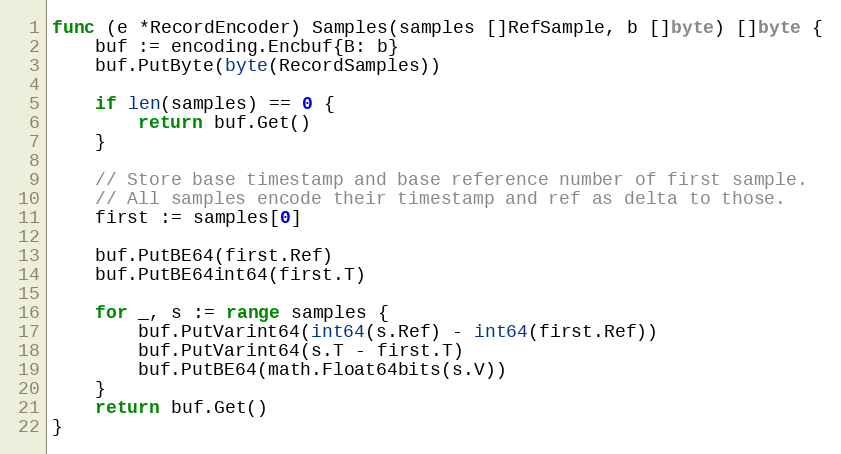
Language: Go
func (e *RecordEncoder) Samples(samples []RefSample, b []byte) []byte {
	buf := encoding.Encbuf{B: b}
	buf.PutByte(byte(RecordSamples))

	if len(samples) == 0 {
		return buf.Get()
	}

	// Store base timestamp and base reference number of first sample.
	// All samples encode their timestamp and ref as delta to those.
	first := samples[0]

	buf.PutBE64(first.Ref)
	buf.PutBE64int64(first.T)

	for _, s := range samples {
		buf.PutVarint64(int64(s.Ref) - int64(first.Ref))
		buf.PutVarint64(s.T - first.T)
		buf.PutBE64(math.Float64bits(s.V))
	}
	return buf.Get()
}